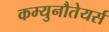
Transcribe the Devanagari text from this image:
कम्युनौतेयर्स